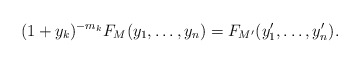
\begin{align*} (1 + y_k)^{-m_k} F_M(y_1,\dots, y_n) = F_{M'}(y_1', \dots, y_n').\end{align*}